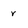
Character: r